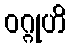
ဝဂ္ဂုဟိ